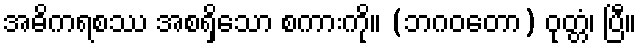
အဓိကရစဿ အစရှိသော စကားကို။ (ဘဂဝတော) ဝုတ္တံ၊ ပြီ။